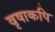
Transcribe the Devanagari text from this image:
वृषाकपि